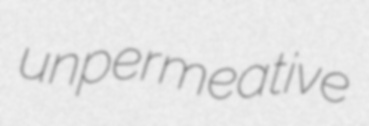
unpermeative